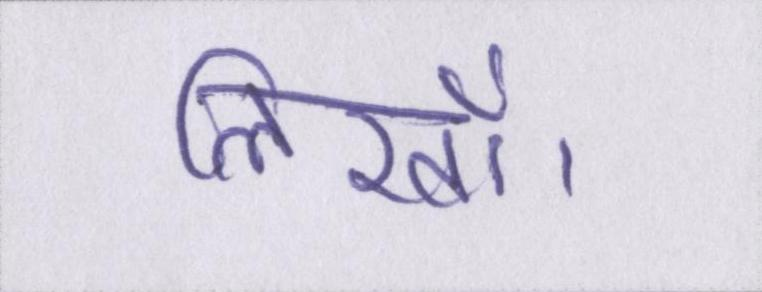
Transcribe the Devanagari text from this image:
लिखॉ।